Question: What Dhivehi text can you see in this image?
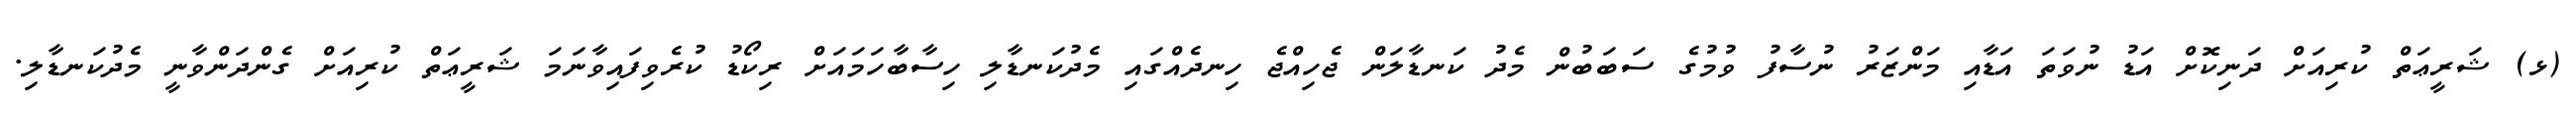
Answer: (ޅ) ޝަރީޢަތް ކުރިއަށް ދަނިކޮށް އަޑު ނުވަތަ އަޑާއި މަންޒަރު ނުސާފު ވުމުގެ ސަބަބުން މެދު ކަނޑާލަން ޖެހިއްޖެ ހިނދެއްގައި މެދުކަނޑާލި ހިސާބާހަމައަށް ރިކޯޑު ކުރެވިފައިވާނަމަ ޝަރީޢަތް ކުރިއަށް ގެންދަންވާނީ މެދުކަނޑާލި.